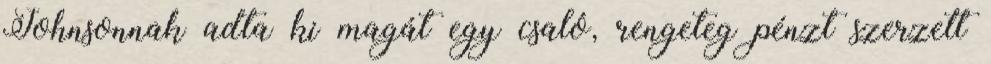
Johnsonnak adta ki magát egy csaló, rengeteg pénzt szerzett